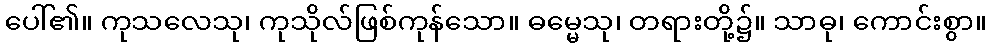
ပေါ်၏။ ကုသလေသု၊ ကုသိုလ်ဖြစ်ကုန်သော။ ဓမ္မေသု၊ တရားတို့၌။ သာဓု၊ ကောင်းစွာ။